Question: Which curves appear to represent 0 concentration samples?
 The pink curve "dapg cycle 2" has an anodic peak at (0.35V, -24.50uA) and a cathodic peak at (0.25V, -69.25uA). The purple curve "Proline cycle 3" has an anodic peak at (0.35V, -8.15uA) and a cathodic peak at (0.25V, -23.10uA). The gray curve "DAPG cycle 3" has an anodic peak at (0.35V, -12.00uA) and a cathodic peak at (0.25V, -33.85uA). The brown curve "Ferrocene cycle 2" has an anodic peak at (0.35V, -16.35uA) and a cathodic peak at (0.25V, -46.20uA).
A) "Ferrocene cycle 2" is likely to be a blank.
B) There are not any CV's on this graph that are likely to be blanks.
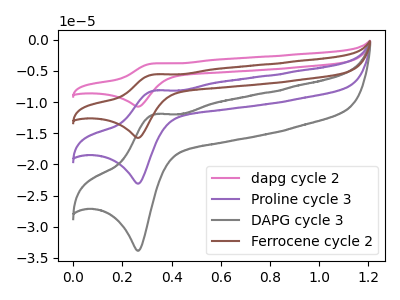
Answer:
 <answer>B) There are not any CV's on this graph that are likely to be blanks.</answer>
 <eval>B</eval>